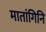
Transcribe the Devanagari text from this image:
मातांगिनि